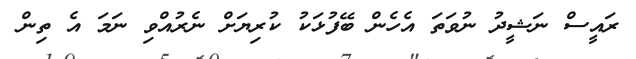
ރައީސް ނަޝީދު ނުވަތަ އެހެން ބޭފުޅަކު ކުރިޔަށް ނެރުއްވި ނަމަ އެ ތިން